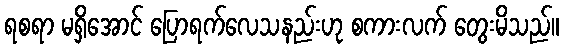
ရစရာ မရှိအောင် ပြောရက်လေသနည်းဟု စကားလက် တွေးမိသည်။